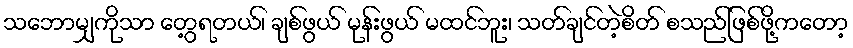
သဘောမျှကိုသာ တွေ့ရတယ်၊ ချစ်ဖွယ် မုန်းဖွယ် မထင်ဘူး၊ သတ်ချင်တဲ့စိတ် စသည်ဖြစ်ဖို့ကတော့